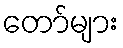
တော်များ